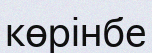
көрінбе